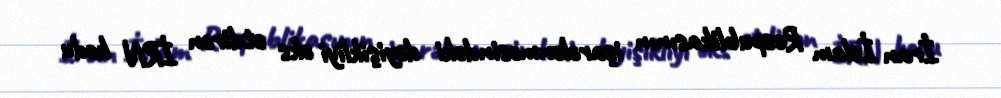
İran İslam Respublikasının işarələnməsindəki dəyişikliyi əks etdirən İRN kodu